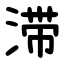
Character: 滞